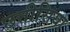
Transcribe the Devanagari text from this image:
छत्तीसिया